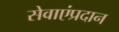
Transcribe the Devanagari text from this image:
सेवाएंप्रदान